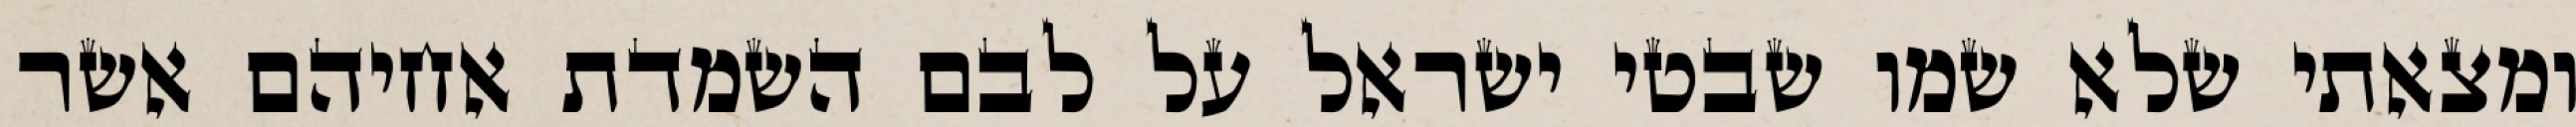
ומצאתי שלא שמו שבטי ישראל על לבם השמדת אחיהם אשר